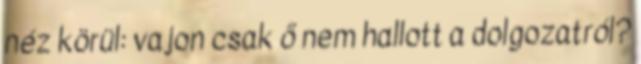
néz körül: vajon csak ő nem hallott a dolgozatról?